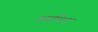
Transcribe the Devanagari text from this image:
आधिन